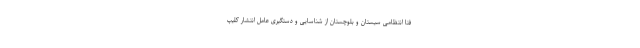
فتا انتظامی سیستان و بلوچستان از شناسایی و دستگیری عامل انتشار کلیپ